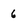
Character: 6